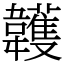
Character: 䪝